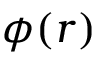
\phi ( r )